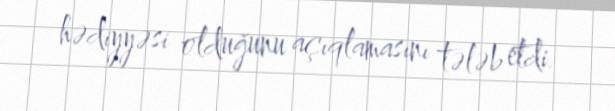
hədiyyəsi olduğunu açıqlamasını tələb etdi.